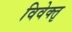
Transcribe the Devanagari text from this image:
विवेक्तृ